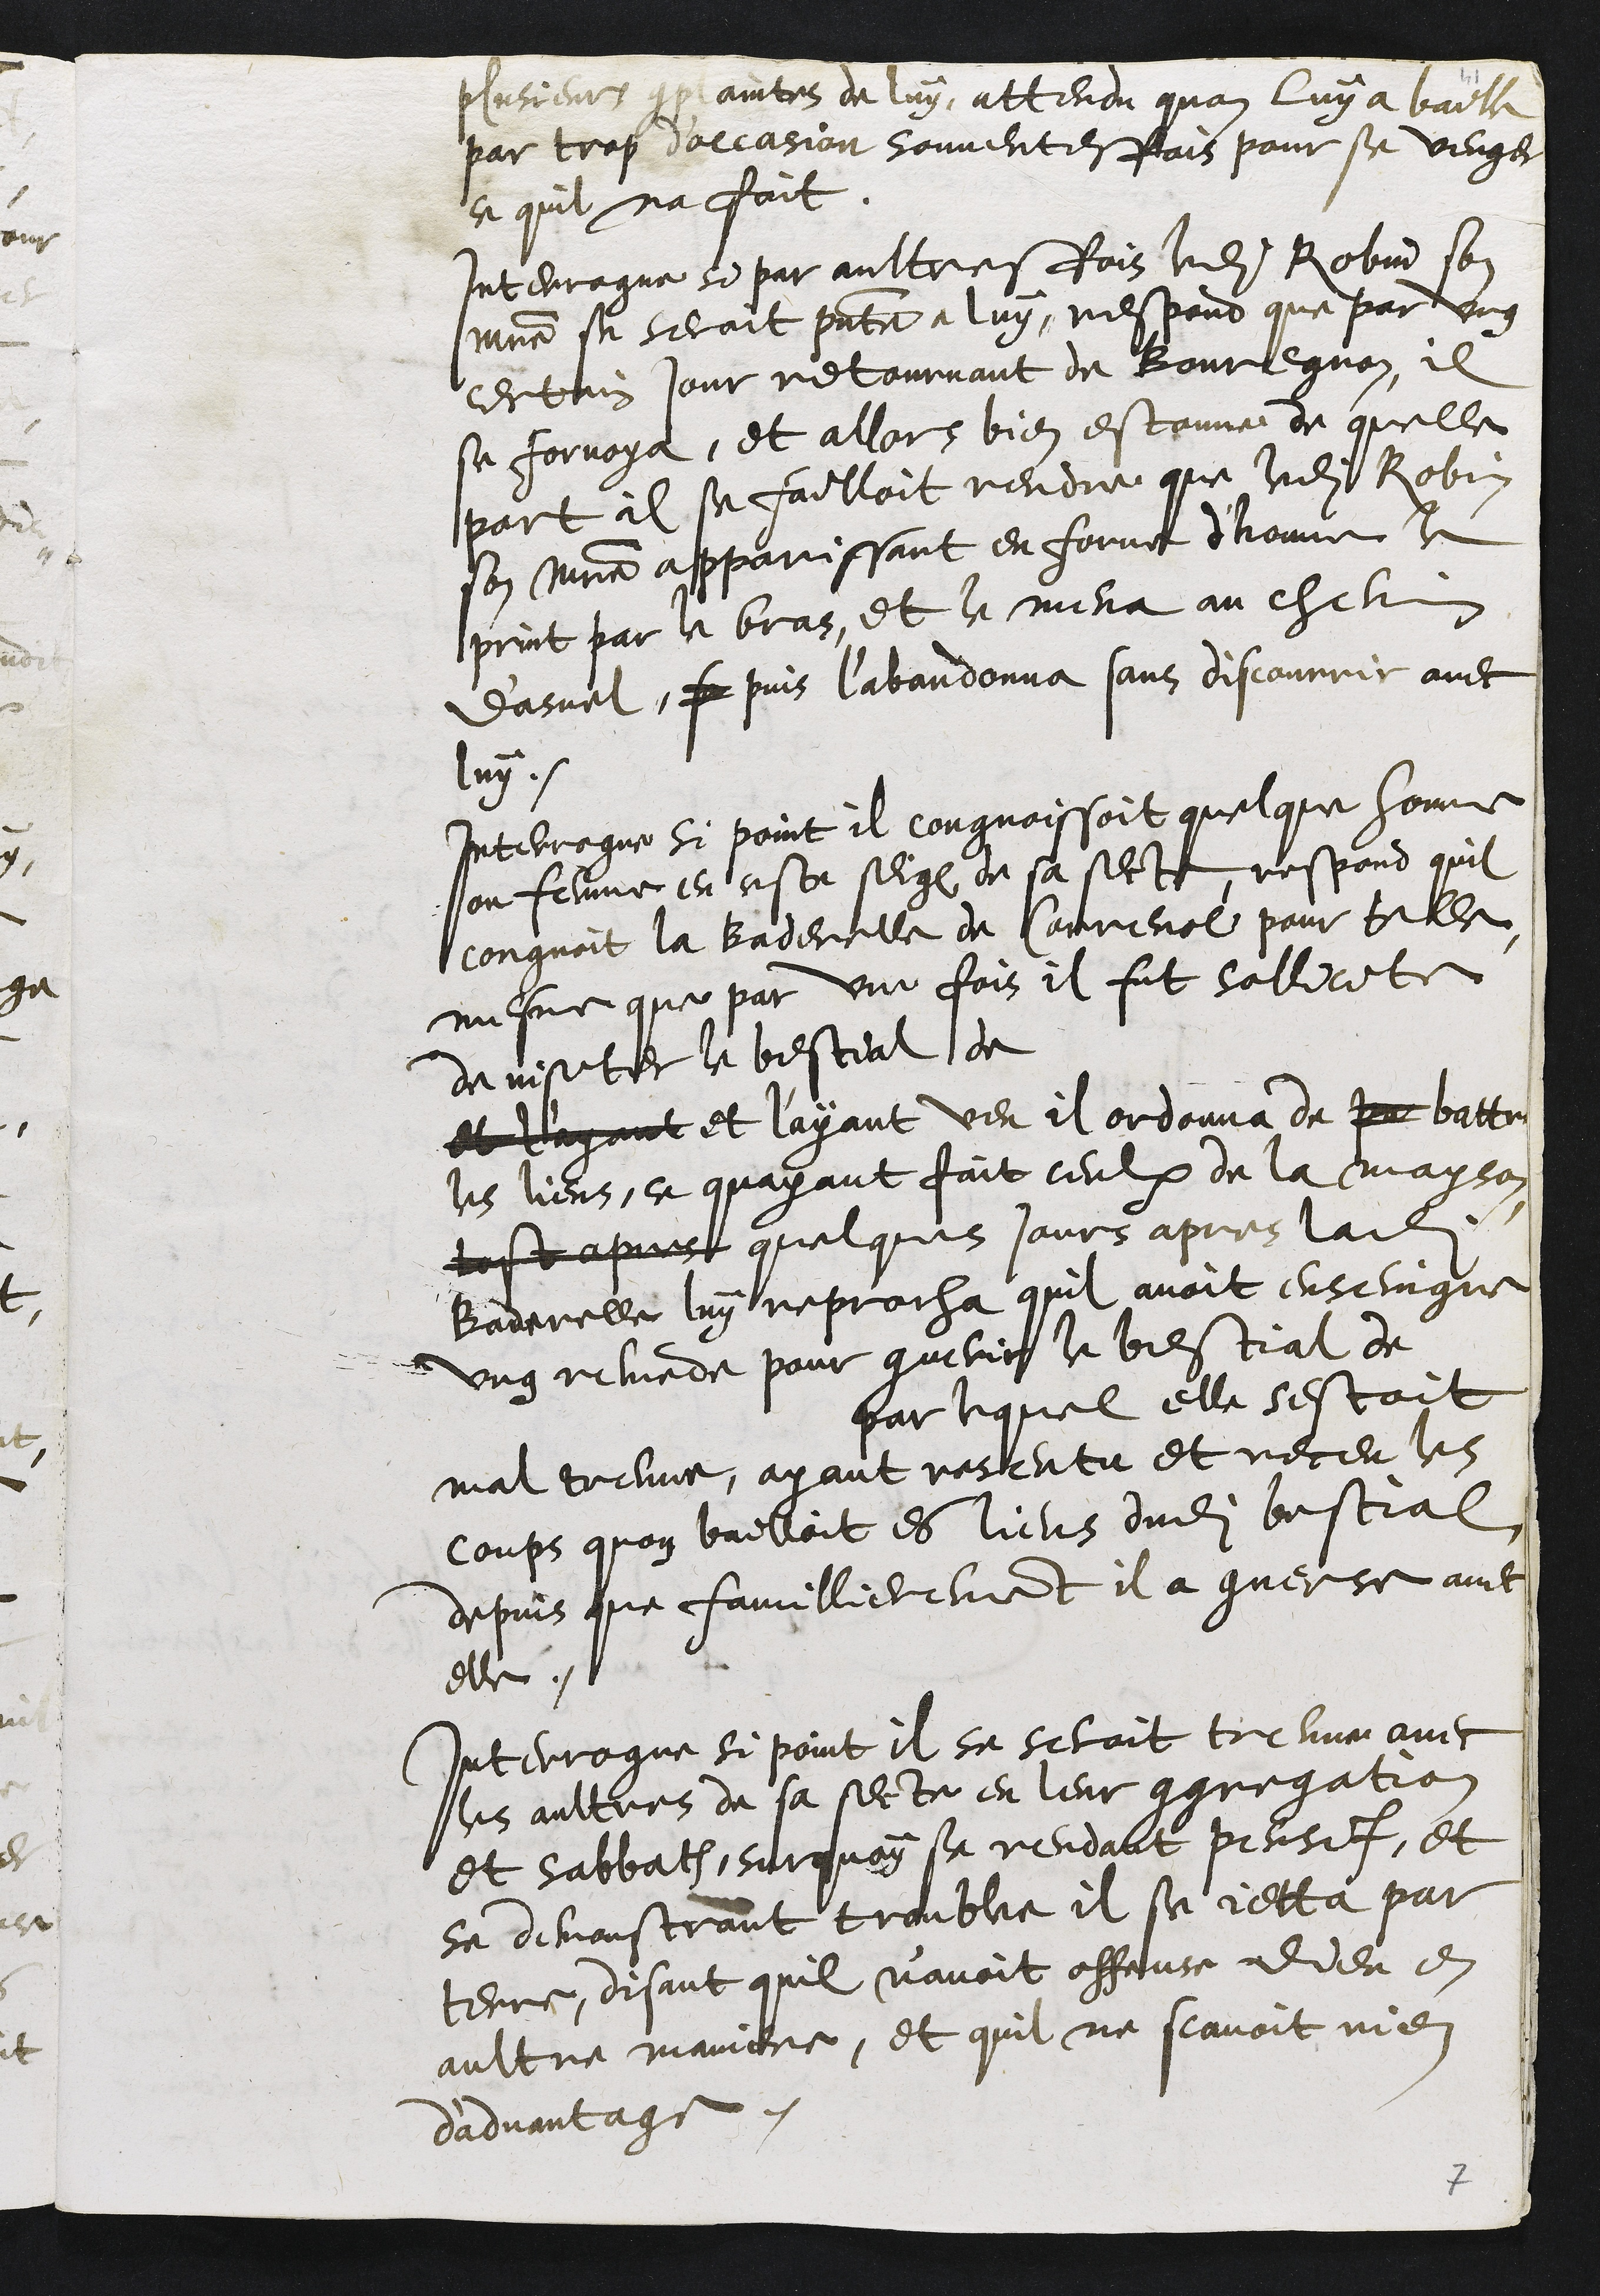
plusieurs conplaintes de luy, attendu quon luy a baille
par trop doccasion souventesfois pour se venger
ce quil na fait
Interrogue si par aultresfois ledit Robin son
maitre se seroit presente a luy, respond que par ung
certain jour retournant de Bouregnon, il
se forvoya, et allors bien estonne de quelle
part il se failloit rendre que ledit Robin
son maistre apparissant en forme d'homme le
print par le bras, et le mena au chemin
d'asuel, sa puis l'abandonna sans discourrir avec
luy.
Interrogue si point il congnoissoit quelque homme
ou femme en ceste seig de sa secte, respond quil
congnoit la baderelle de Correnol pour telle
mesme que par une fois il fut sollicite
de visiter le bestial de
et layant et l'ayant veu il ordonna de par battre
les liens, ce quayant fait ceulx de la mayson
tost apres quelques jours apres ladite
Baderelle luy reprocha quil avoit enseingne
ung remede pour guerir le bestial de
par lequel elle sestoit
mal treuvé, ayant resentu et receu les
coups quon bailloit es liens dudit bestial
depuis que famillierement il a converse avec
elle.
Interrogue si point il se seroit treuve avec
les aultres de sa secte en leur congregation
et sabbath, surquoy se rendant pensif, et
se demonstrant troublee il se jetta par
terre, disant quil n’avoit offence Dieu en
aultre maniere, et quil ne scavoit rien
d'advantage.